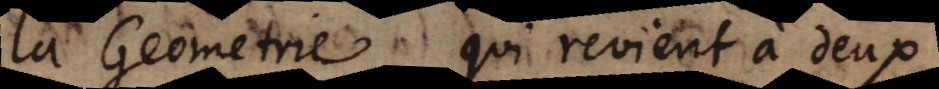
la Geométrie qui revient à deux